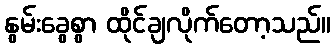
နွမ်းခွေစွာ ထိုင်ချလိုက်တော့သည်။